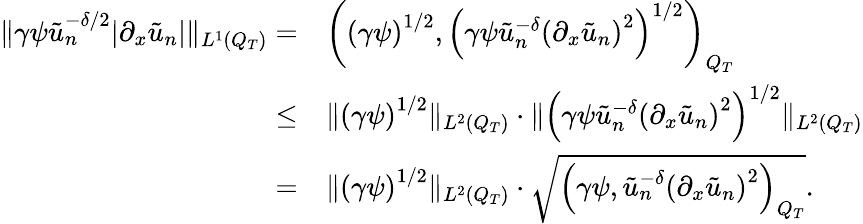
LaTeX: \begin{array}{rl}{\lVert\gamma\psi\tilde{u}_{n}^{-\delta/2}\lvert\partial_{x}\tilde{u}_{n}\rvert\rVert_{L^{1}(Q_{T})}=}&{{}\left(\left(\gamma\psi\right)^{1/2},\left(\gamma\psi\tilde{u}_{n}^{-\delta}\left(\partial_{x}\tilde{u}_{n}\right)^{2}\right)^{1/2}\right)_{Q_{T}}}\\ {\leq}&{{}\lVert\left(\gamma\psi\right)^{1/2}\rVert_{L^{2}(Q_{T})}\cdot\lVert\left(\gamma\psi\tilde{u}_{n}^{-\delta}\left(\partial_{x}\tilde{u}_{n}\right)^{2}\right)^{1/2}\rVert_{L^{2}(Q_{T})}}\\ {=}&{{}\lVert\left(\gamma\psi\right)^{1/2}\rVert_{L^{2}(Q_{T})}\cdot\sqrt{\left(\gamma\psi,\tilde{u}_{n}^{-\delta}\left(\partial_{x}\tilde{u}_{n}\right)^{2}\right)_{Q_{T}}}.}\end{array}